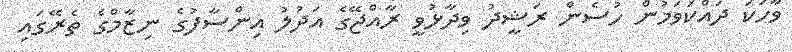
ވާހަކަ ދައްކަވަމުން ހުސެން ރަޝީދު ވިދާޅުވީ ރާއްޖޭގެ އަދުލު އިންސާފުގެ ނިޒާމްގެ ތެރޭގައި